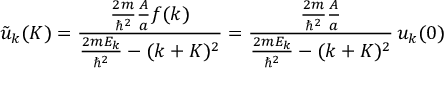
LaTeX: { \tilde { u } } _ { k } ( K ) = { \frac { { \frac { 2 m } { \hbar ^ { 2 } } } { \frac { A } { a } } f ( k ) } { { \frac { 2 m E _ { k } } { \hbar ^ { 2 } } } - ( k + K ) ^ { 2 } } } = { \frac { { \frac { 2 m } { \hbar ^ { 2 } } } { \frac { A } { a } } } { { \frac { 2 m E _ { k } } { \hbar ^ { 2 } } } - ( k + K ) ^ { 2 } } } \, u _ { k } ( 0 )